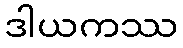
ဒါယကဿ